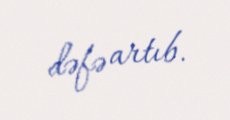
dəfə artıb.